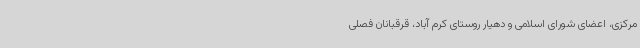
مرکزی، اعضای شورای اسلامی و دهیار روستای کرم آباد، قرقبانان فصلی